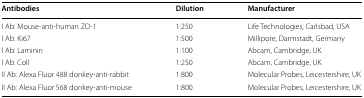
| Antibodies | Dilution | Manufacturer |
 | --- | --- | --- |
 | I Ab: Mouse-anti-human ZO-1 | 1:250 | Life Technologies, Carlsbad, USA |
 | I Ab: Ki67 | 1:500 | Millipore, Darmstadt, Germany |
 | I Ab: Laminin | 1:100 | Abcam, Cambridge, UK |
 | I Ab: ColI | 1:250 | Abcam, Cambridge, UK |
 | II Ab: Alexa Fluor 488 donkey-anti-rabbit | 1:800 | Molecular Probes, Leicestershire, UK |
 | II Ab: Alexa Fluor 568 donkey-anti-mouse | 1:800 | Molecular Probes, Leicestershire, UK |